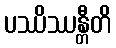
ပဿိဿန္တီတိ